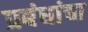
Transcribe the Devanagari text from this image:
प्रबंधांचा